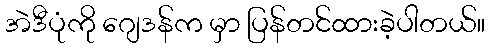
အဲဒီပုံကို ဂျေဒန်က မှာ ပြန်တင်ထားခဲ့ပါတယ်။